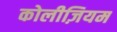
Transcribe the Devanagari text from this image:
कोलीज़ियम